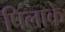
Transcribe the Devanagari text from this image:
पिलाके